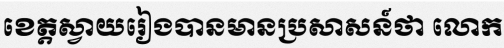
ខេត្តស្វាយរៀងបានមានប្រសាសន៍ថា លោក